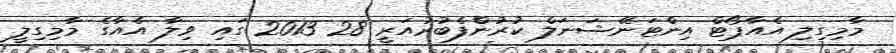
މާމިގިލި އެއާޕޯޓް އިންޓަނޭޝަނަލް ކުރުންފެބުރުއަރީ 28 2013 ގައި ވިލާ އެއާގެ މާމިގިލީ